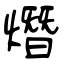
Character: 熸